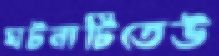
ঘটনাটিতেউ